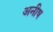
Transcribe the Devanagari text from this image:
अनीष